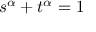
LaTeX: \textstyle s ^ { \alpha } + t ^ { \alpha } = 1